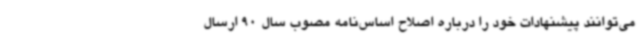
می‌توانند پیشنهادات خود را درباره اصلاح اساس‌نامه مصوب سال 90 ارسال